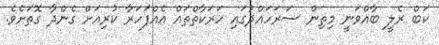
ކަބް ރެލީ ބާއްވަނީ މިތިން ސަރަހައްދުގައި ހަރަކާތްތައް އެއްފަހަރާ ކުރިއަށް ގެންދާ ގޮތަށެވެ.